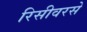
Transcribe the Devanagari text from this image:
रिसीवरसे